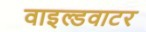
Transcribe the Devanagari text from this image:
वाइल्डवाटर